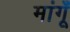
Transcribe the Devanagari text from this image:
मांगूँ